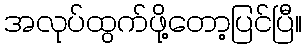
အလုပ်ထွက်ဖို့တော့ပြင်ပြီ။